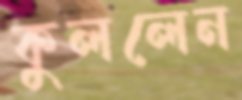
কুললেন